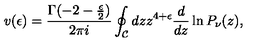
v ( \epsilon ) = \frac { \Gamma ( - 2 - { \frac { \epsilon } { 2 } } ) } { 2 \pi i } \oint _ { \mathcal C } d z z ^ { 4 + \epsilon } \frac { d } { d z } \ln P _ { \nu } ( z ) ,